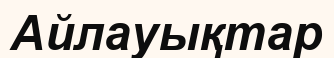
Айлауықтар